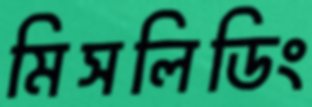
মিসলিডিং